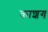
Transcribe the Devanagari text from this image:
काशग